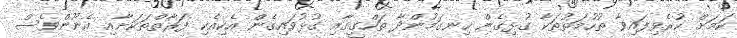
ކަމަށް ކުރެވިފައިވާ ތުހުމަތުތަކާ ގުޅިގެން ހިނގަމުންދާ ތަހްގީގާއި ގުޅުވައިގެން އެކިއެކި ފަރާތްތަކަށާއި އެނޫންވެސް